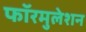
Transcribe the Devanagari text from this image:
फॉरमुलेशन